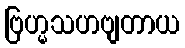
ဗြဟ္မသဟဗျတာယ